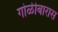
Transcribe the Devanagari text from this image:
गोळीबारास